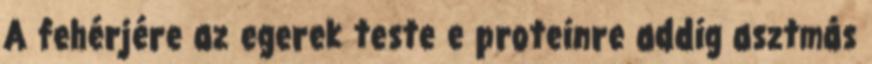
A fehérjére az egerek teste e proteinre addig asztmás